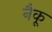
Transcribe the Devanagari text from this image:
नैकू